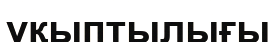
ұқыптылығы